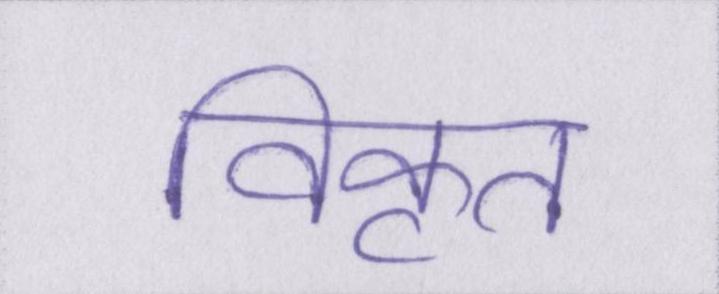
विकृत